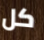
كل